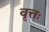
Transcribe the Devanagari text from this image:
वृत्तः